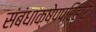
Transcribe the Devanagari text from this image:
संबंधाक्षेपपरिहार